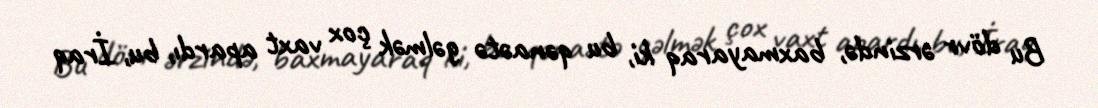
Bu dövr ərzində, baxmayaraq ki, bu qənaətə gəlmək çox vaxt apardı, bu, İraq